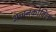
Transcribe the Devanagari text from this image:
अच्चनकोविल